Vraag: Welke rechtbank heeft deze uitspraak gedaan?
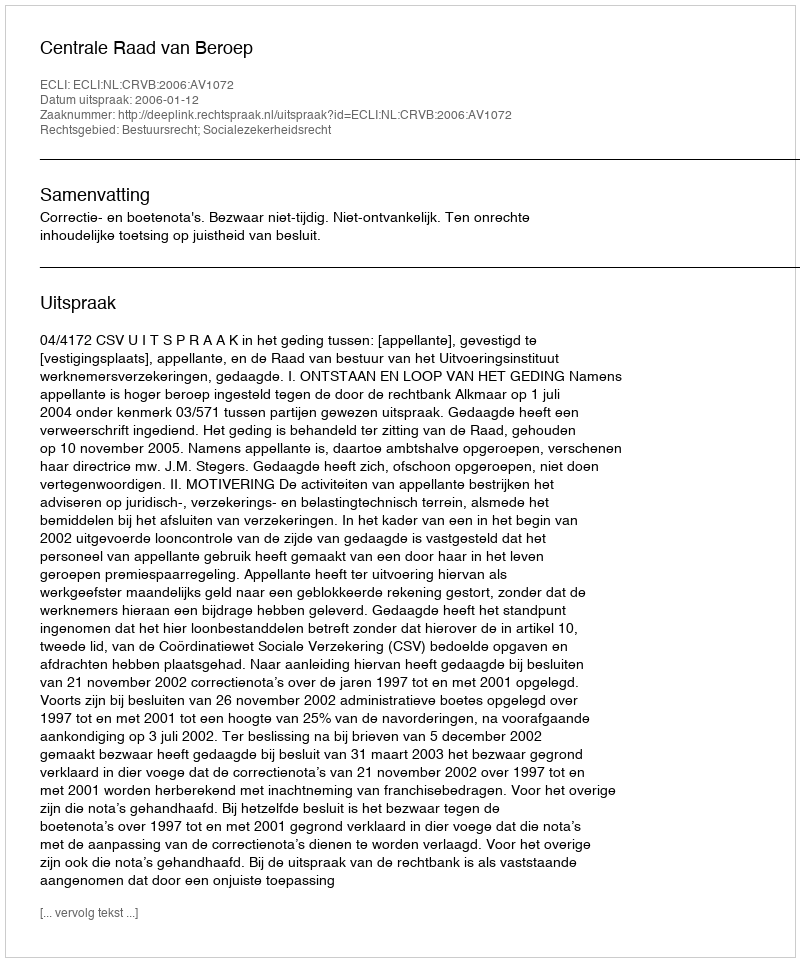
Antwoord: Centrale Raad van Beroep